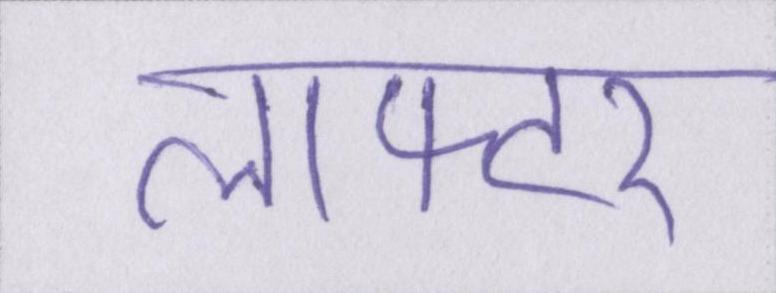
लाफ्टर